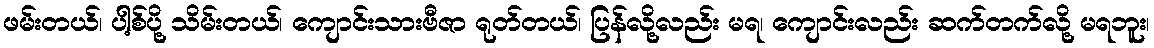
ဖမ်းတယ်၊ ပါ့စ်ပို့ သိမ်းတယ်၊ ကျောင်းသားဗီဇာ ရုတ်တယ်၊ ပြန်လို့လည်း မရ၊ ကျောင်းလည်း ဆက်တက်လို့ မရဘူး၊